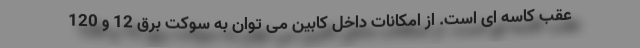
عقب کاسه ای است. از امکانات داخل کابین می توان به سوکت برق 12 و 120